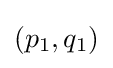
{\textstyle (p_{1},q_{1})}